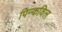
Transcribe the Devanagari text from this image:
पिन्कविल